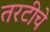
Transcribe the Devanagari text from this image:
तरटीचे